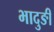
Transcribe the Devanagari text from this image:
भादुङी